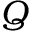
Q